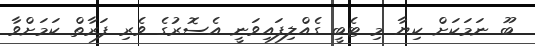
ބޫ ނަމަކަށް ކިޔާ މި ޓެބީ ގެއްލިފައިވަނީ އެސޮރުގެ ވެރި ފަރާތް ކަމަށްވާ